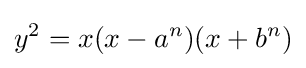
y^{2}=x(x-a^{n})(x+b^{n})